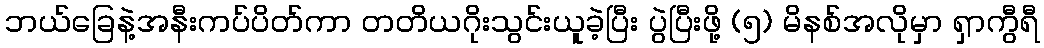
ဘယ်ခြေနဲ့အနီးကပ်ပိတ်ကာ တတိယဂိုးသွင်းယူခဲ့ပြီး ပွဲပြီးဖို့ (၅) မိနစ်အလိုမှာ ရှာကွီရီ